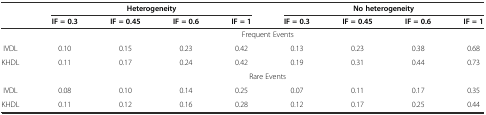
<table><thead><tr><td></td><td colspan="4"><b>Heterogeneity</b></td><td colspan="4"><b>No heterogeneity</b></td></tr><tr><td></td><td><b>IF = 0.3</b></td><td><b>IF = 0.45</b></td><td><b>IF = 0.6</b></td><td><b>IF = 1</b></td><td><b>IF = 0.3</b></td><td><b>IF = 0.45</b></td><td><b>IF = 0.6</b></td><td><b>IF = 1</b></td></tr></thead><tbody><tr><td></td><td colspan="8">Frequent Events</td></tr><tr><td>IVDL</td><td>0.10</td><td>0.15</td><td>0.23</td><td>0.42</td><td>0.13</td><td>0.23</td><td>0.38</td><td>0.68</td></tr><tr><td>KHDL</td><td>0.11</td><td>0.17</td><td>0.24</td><td>0.42</td><td>0.19</td><td>0.31</td><td>0.44</td><td>0.73</td></tr><tr><td></td><td colspan="8">Rare Events</td></tr><tr><td>IVDL</td><td>0.08</td><td>0.10</td><td>0.14</td><td>0.25</td><td>0.07</td><td>0.11</td><td>0.17</td><td>0.35</td></tr><tr><td>KHDL</td><td>0.11</td><td>0.12</td><td>0.16</td><td>0.28</td><td>0.12</td><td>0.17</td><td>0.25</td><td>0.44</td></tr></tbody></table>